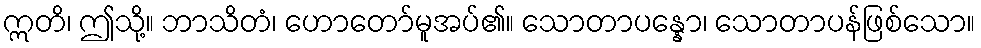
ဣတိ၊ ဤသို့။ ဘာသိတံ၊ ဟောတော်မူအပ်၏။ သောတာပန္နော၊ သောတာပန်ဖြစ်သော။